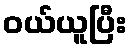
ဝယ်ယူပြီး